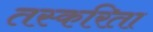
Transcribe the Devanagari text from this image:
तस्करिता